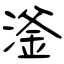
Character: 滏